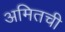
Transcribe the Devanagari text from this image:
अमितची